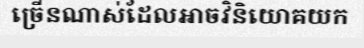
ច្រើនណាស់ដែលអាចវិនិយោគយក